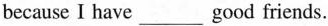
because I have___good friends.